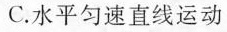
C.水平匀速直线运动